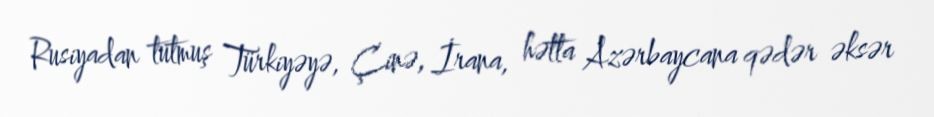
Rusiyadan tutmuş Türkiyəyə, Çinə, İrana, hətta Azərbaycana qədər əksər